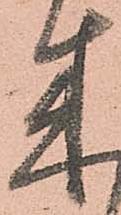
来